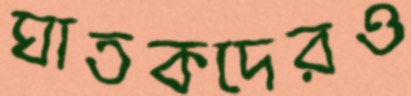
ঘাতকদেরও